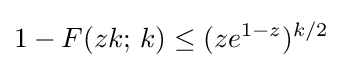
1-F(zk;\,k)\leq (ze^{1-z})^{k/2}